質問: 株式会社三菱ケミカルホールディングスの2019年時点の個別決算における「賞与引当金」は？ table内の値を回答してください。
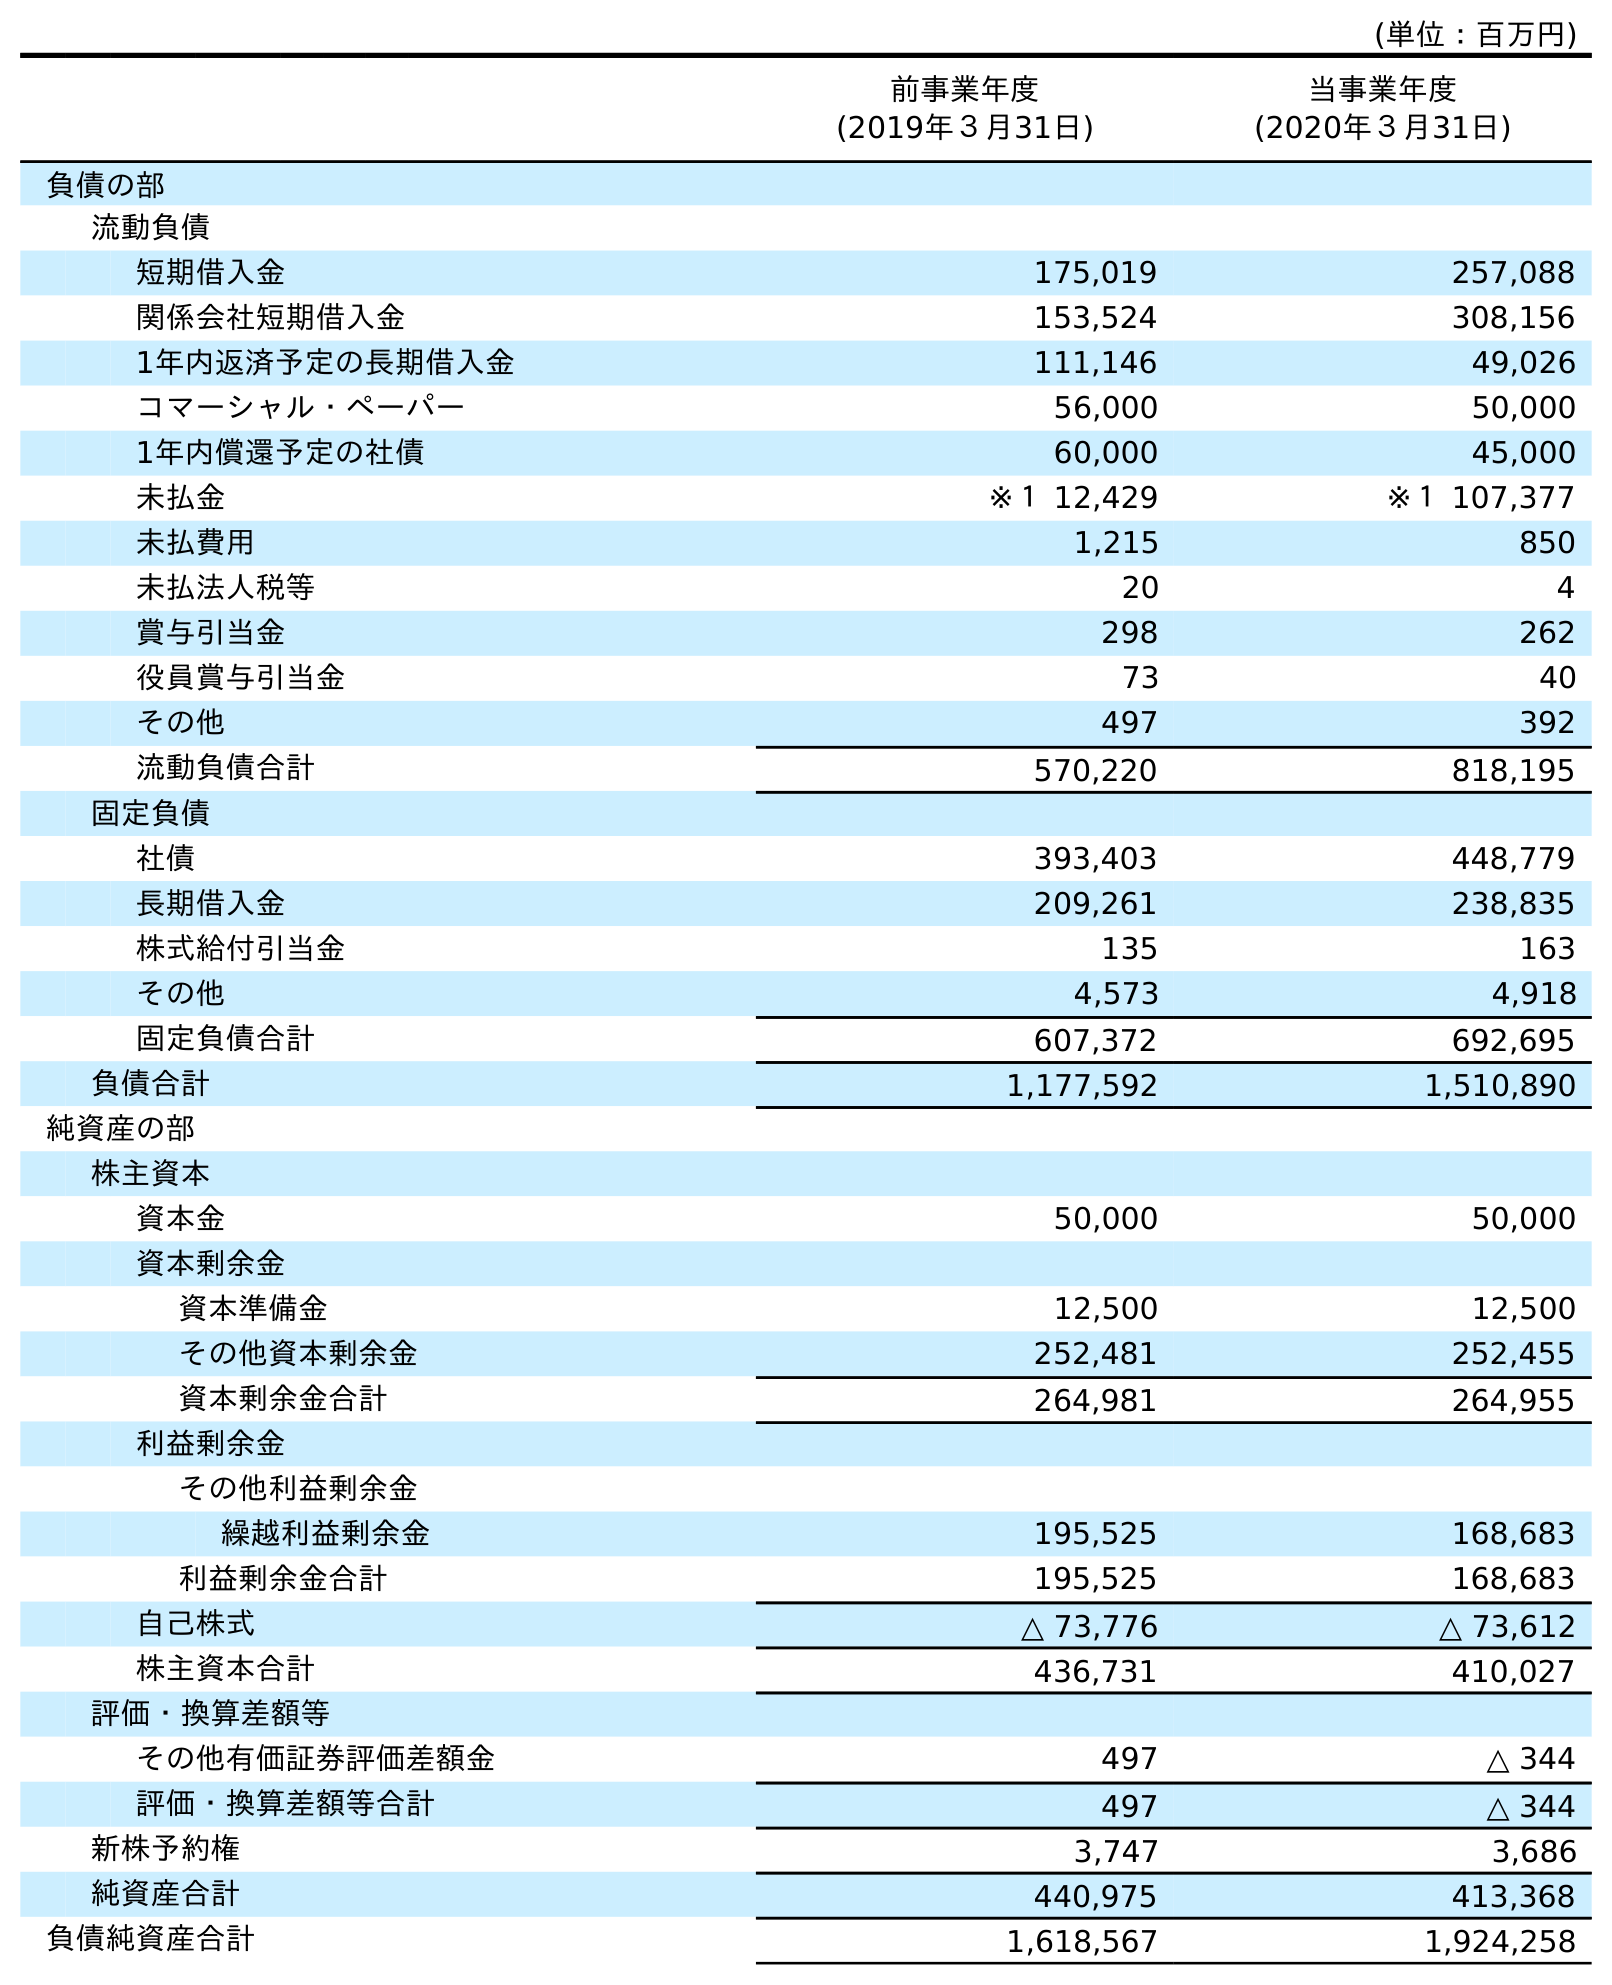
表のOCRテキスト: (単位：百万円) 前事業年度 (2019年３月31日) 当事業年度 (2020年３月31日) 負債の部 流動負債 短期借入金 175,019 257,088 関係会社短期借入金 153,524 308,156 1年内返済予定の長期借入金 111,146 49,026 コマーシャル・ペーパー 56,000 50,000 1年内償還予定の社債 60,000 45,000 未払金 ※１ 12,429 ※１ 107,377 未払費用 1,215 850 未払法人税等 20 4 賞与引当金 298 262 役員賞与引当金 73 40 その他 497 392 流動負債合計 570,220 818,195 固定負債 社債 393,403 448,779 長期借入金 209,261 238,835 株式給付引当金 135 163 その他 4,573 4,918 固定負債合計 607,372 692,695 負債合計 1,177,592 1,510,890 純資産の部 株主資本 資本金 50,000 50,000 資本剰余金 資本準備金 12,500 12,500 その他資本剰余金 252,481 252,455 資本剰余金合計 264,981 264,955 利益剰余金 その他利益剰余金 繰越利益剰余金 195,525 168,683 利益剰余金合計 195,525 168,683 自己株式 △ 73,776 △ 73,612 株主資本合計 436,731 410,027 評価・換算差額等 その他有価証券評価差額金 497 △ 344 評価・換算差額等合計 497 △ 344 新株予約権 3,747 3,686 純資産合計 440,975 413,368 負債純資産合計 1,618,567 1,924,258
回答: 298